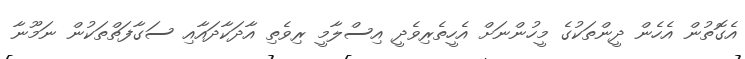
އެގޮތުން އެހެން ދީންތަކުގެ މީހުންނަށް އެހީތެރިވެދީ އިސްލާމީ ރިވެތި އާދަކާދައާއި ސަގާފަތްތަކުން ނަމޫނާ